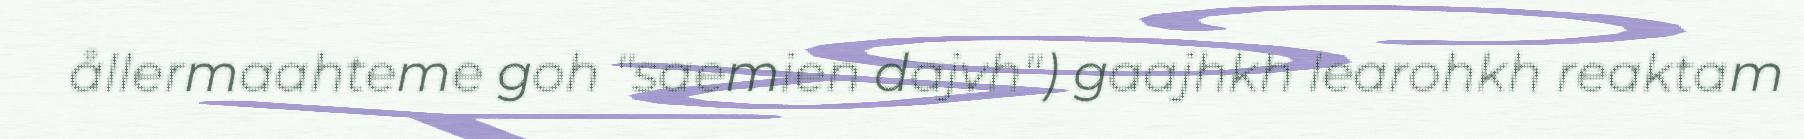
ållermaahteme goh "saemien dajvh") gaajhkh learohkh reaktam